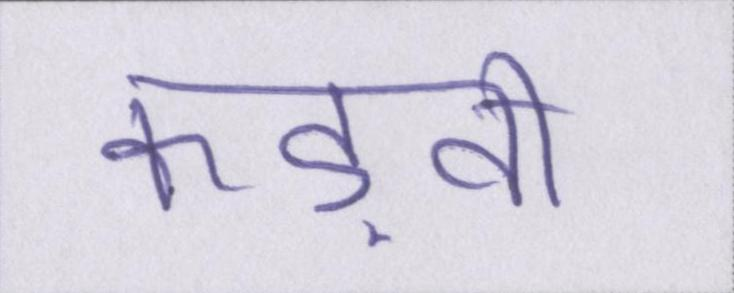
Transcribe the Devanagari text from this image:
कड़वी